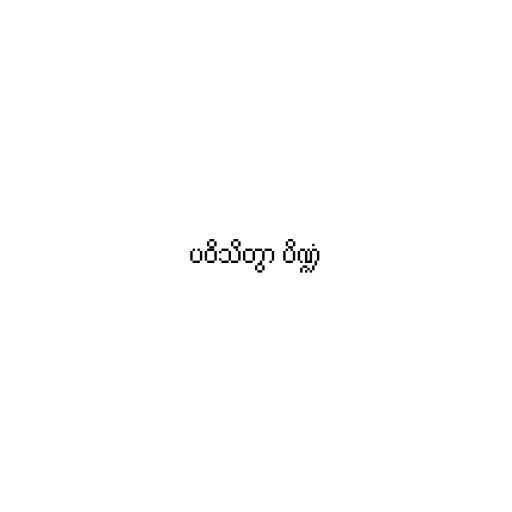
ပဝိသိတွာ ပိဏ္ဍံ